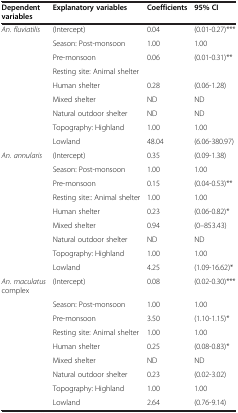
<table><thead><tr><td><b>Dependent variables</b></td><td><b>Explanatory variables</b></td><td><b>Coefficients</b></td><td><b>95% CI</b></td></tr></thead><tbody><tr><td><i>An. fluviatilis</i></td><td>(Intercept)</td><td>0.04</td><td>(0.01-0.27)***</td></tr><tr><td></td><td>Season: Post-monsoon</td><td>1.00</td><td>1.00</td></tr><tr><td></td><td>Pre-monsoon</td><td>0.06</td><td>(0.01-0.31)**</td></tr><tr><td></td><td>Resting site: Animal shelter</td><td></td><td></td></tr><tr><td></td><td>Human shelter</td><td>0.28</td><td>(0.06-1.28)</td></tr><tr><td></td><td>Mixed shelter</td><td>ND</td><td>ND</td></tr><tr><td></td><td>Natural outdoor shelter</td><td>ND</td><td>ND</td></tr><tr><td></td><td>Topography: Highland</td><td>1.00</td><td>1.00</td></tr><tr><td></td><td>Lowland</td><td>48.04</td><td>(6.06-380.97)</td></tr><tr><td><i>An. annularis</i></td><td>(Intercept)</td><td>0.35</td><td>(0.09-1.38)</td></tr><tr><td></td><td>Season: Post-monsoon</td><td>1.00</td><td>1.00</td></tr><tr><td></td><td>Pre-monsoon</td><td>0.15</td><td>(0.04-0.53)**</td></tr><tr><td></td><td>Resting site:: Animal shelter</td><td>1.00</td><td>1.00</td></tr><tr><td></td><td>Human shelter</td><td>0.23</td><td>(0.06-0.82)*</td></tr><tr><td></td><td>Mixed shelter</td><td>0.94</td><td>(0–853.43)</td></tr><tr><td></td><td>Natural outdoor shelter</td><td>ND</td><td>ND</td></tr><tr><td></td><td>Topography: Highland</td><td>1.00</td><td>1.00</td></tr><tr><td></td><td>Lowland</td><td>4.25</td><td>(1.09-16.62)*</td></tr><tr><td><i>An. maculatus</i> complex</td><td>(Intercept)</td><td>0.08</td><td>(0.02-0.30)***</td></tr><tr><td></td><td>Season: Post-monsoon</td><td>1.00</td><td>1.00</td></tr><tr><td></td><td>Pre-monsoon</td><td>3.50</td><td>(1.10-1.15)*</td></tr><tr><td></td><td>Resting site: Animal shelter</td><td>1.00</td><td>1.00</td></tr><tr><td></td><td>Human shelter</td><td>0.25</td><td>(0.08-0.83)*</td></tr><tr><td></td><td>Mixed shelter</td><td>ND</td><td>ND</td></tr><tr><td></td><td>Natural outdoor shelter</td><td>0.23</td><td>(0.02-3.02)</td></tr><tr><td></td><td>Topography: Highland</td><td>1.00</td><td>1.00</td></tr><tr><td></td><td>Lowland</td><td>2.64</td><td>(0.76-9.14)</td></tr></tbody></table>